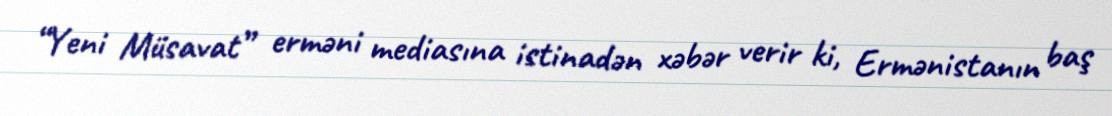
“Yeni Müsavat” erməni mediasına istinadən xəbər verir ki, Ermənistanın baş